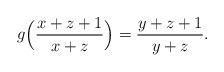
LaTeX: \begin{align*}g\Bigl(\frac{x+z+1}{x+z}\Bigr)=\frac{y+z+1}{y+z}.\end{align*}